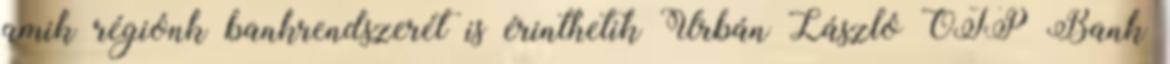
amik régiónk bankrendszerét is érinthetik Urbán László OTP Bank